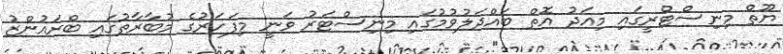
ޔޫތް މިނިސްޓްރީގައި މިއަދު އޮތް ބައްދަލުވުމުގައި މިނިސްޓަރު ވަނީ މިފަހަރުގެ މުބާރާތުގައި ބްރައުންޒު